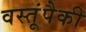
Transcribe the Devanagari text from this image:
वस्तूंपैकी